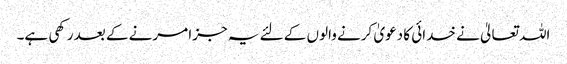
اللہ تعالیٰ نے خدائی کا دعویٰ کرنے والوں کے لئے یہ جزا مرنے کے بعد رکھی ہے۔